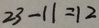
2 3 - 1 1 = 1 2